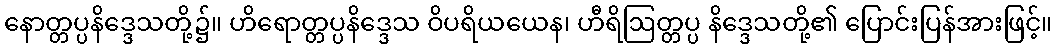
နောတ္တပ္ပနိဒ္ဒေသတို့၌။ ဟိရောတ္တပ္ပနိဒ္ဒေသ ဝိပရိယယေန၊ ဟီရိဩတ္တပ္ပ နိဒ္ဒေသတို့၏ ပြောင်းပြန်အားဖြင့်။